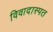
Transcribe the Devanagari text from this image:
विवादास्पत